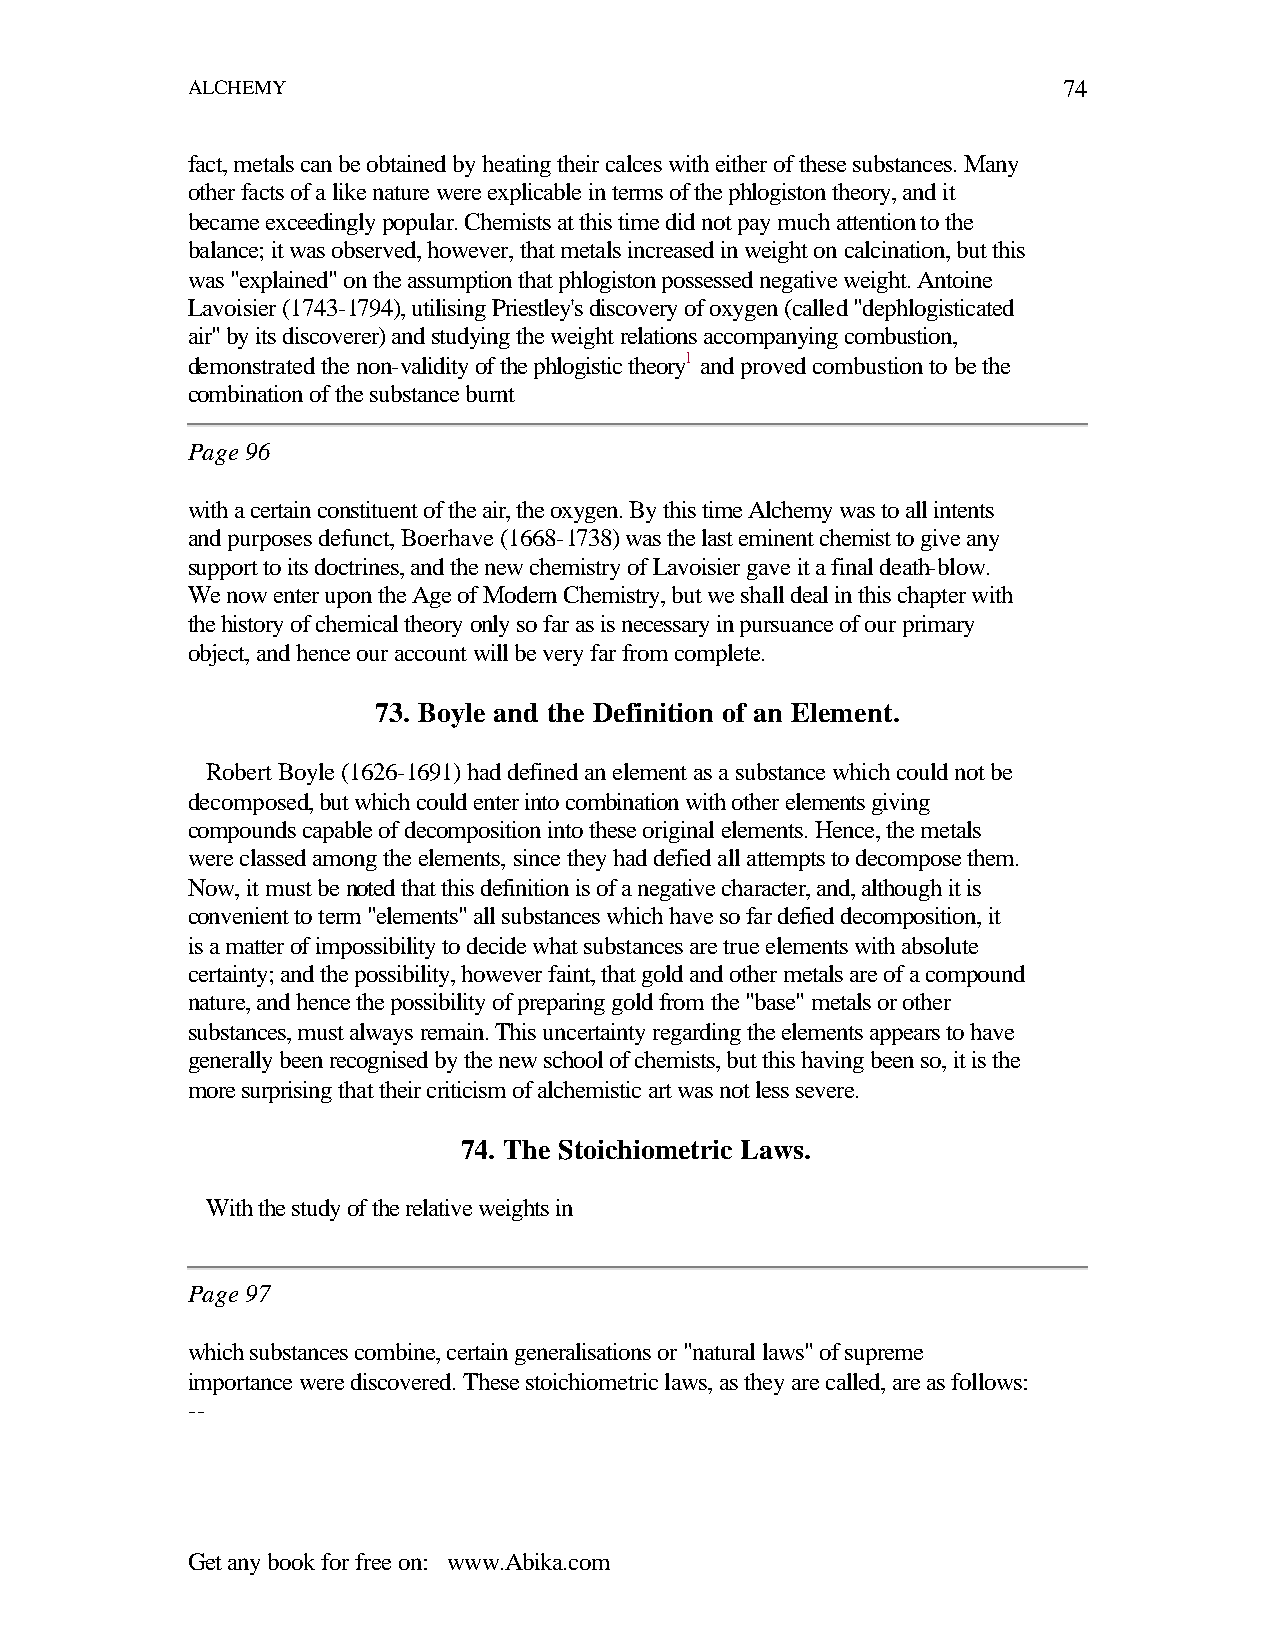
ALCHEMY                                                   74
 fact, metals can be obtained by heating their calces with either of these substances. Many
 other facts of a like nature were explicable in terms of the phlogiston theory, and it
 became exceedingly popular. Chemists at this time did not pay much attention to the
 balance; it was observed, however, that metals increased in weight on calcination, but this
 was "explained" on the assumption that phlogiston possessed negative weight. Antoine
 Lavoisier (1743-1794), utilising Priestley's discovery of oxygen (called "dephlogisticated
 air" by its discoverer) and studying the weight relations accompanying combustion,
 demonstrated the non-validity of the phlogistic theory1 and proved combustion to be the
 combination of the substance burnt
 Page 96
 with a certain constituent of the air, the oxygen. By this time Alchemy was to all intents
 and purposes defunct, Boerhave (1668-1738) was the last eminent chemist to give any
 support to its doctrines, and the new chemistry of Lavoisier gave it a final death-blow.
 We now enter upon the Age of Modern Chemistry, but we shall deal in this chapter with
 the history of chemical theory only so far as is necessary in pursuance of our primary
 object, and hence our account will be very far from complete.
 73. Boyle and the Definition of an Element.
 Robert Boyle (1626-1691) had defined an element as a substance which could not be
 decomposed, but which could enter into combination with other elements giving
 compounds capable of decomposition into these original elements. Hence, the metals
 were classed among the elements, since they had defied all attempts to decompose them.
 Now, it must be noted that this definition is of a negative character, and, although it is
 convenient to term "elements" all substances which have so far defied decomposition, it
 is a matter of impossibility to decide what substances are true elements with absolute
 certainty; and the possibility, however faint, that gold and other metals are of a compound
 nature, and hence the possibility of preparing gold from the "base" metals or other
 substances, must always remain. This uncertainty regarding the elements appears to have
 generally been recognised by the new school of chemists, but this having been so, it is the
 more surprising that their criticism of alchemistic art was not less severe.
 74. The Stoichiometric Laws.
 With the study of the relative weights in
 Page 97
 which substances combine, certain generalisations or "natural laws" of supreme
 importance were discovered. These stoichiometric laws, as they are called, are as follows:
 --
 Get any book for free on: www.Abika.com